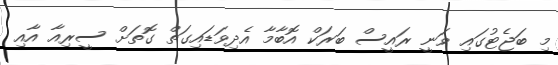
މި ބަޖެޓުގައި ވަނީ ރައީސް ބަރަކް އޮބާމާ އެދިވަޑައިގަތް ގޮތަށް ސީރިއާ އާއި